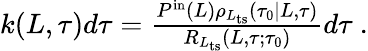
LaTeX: \begin{array}{r}{k(L,\tau)d\tau=\frac{P^{\mathrm{in}}(L)\rho_{L_{\mathrm{ts}}}(\tau_{0}|L,\tau)}{R_{L_{\mathrm{ts}}}(L,\tau;\tau_{0})}d\tau\ .}\end{array}